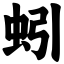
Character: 蚓